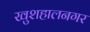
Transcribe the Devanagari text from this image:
खुशहालनगर